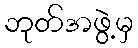
ဘုတ်အဖွဲ့မှ